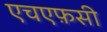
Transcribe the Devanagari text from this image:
एचएफ़सी